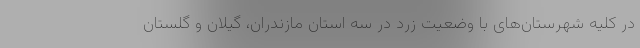
در کلیه شهرستان‌­های با وضعیت زرد در سه استان مازندران، گیلان و گلستان